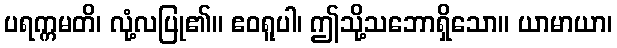
ပရက္ကမတိ၊ လုံ့လပြု၏။ ဧဝရူပါ၊ ဤသို့သဘောရှိသော။ ယာမာယာ၊